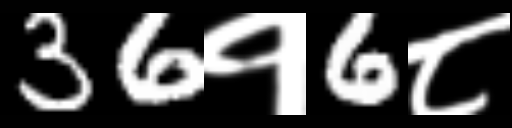
Text: 36१6८